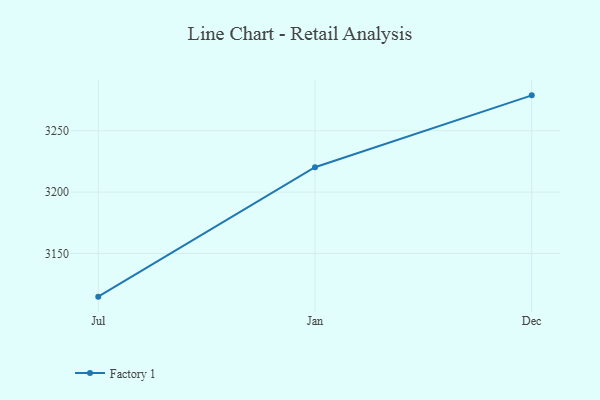
{"axis": {"x": "Month", "y": "Tickets Resolved"}, "legend": ["Factory 1"], "data": [{"x": "Jul", "y": 3114.9, "type": "Factory 1"}, {"x": "Jan", "y": 3220.3, "type": "Factory 1"}, {"x": "Dec", "y": 3278.8, "type": "Factory 1"}]}